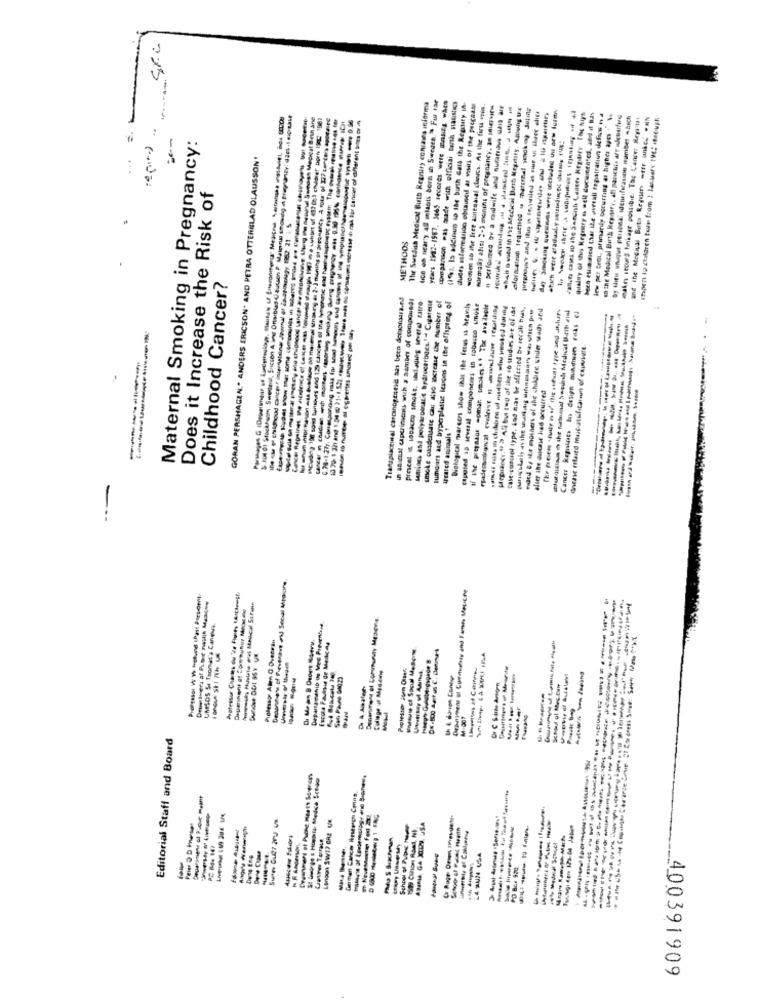
Ski
-
dice es nearly all selaats born in Sweden." Fur tar
The Sundish Medical Birth Regnsir, conmais informa
years 192-1987, Je65 Hecores were wasEs wc
duces saformation obtained ar visins of the process
some 16 ifor free airesa.al cieucs. As the first wpis.
normally altı 2-3 months of pregnancy, an sierwir
--------
---
MACuding 198 soil turtours and 1.29 cancers of the lymonan end hasalspoiDs ystem The sarah reiste sea før
pregnowww and thus Is founded as mur Is hace alies
quality of this Regnery as well documented, and if Bas
been esun nod thar ite overall fegatration defios na
lew per tent, primarily occurring at higher ages ""
an the Medical Birth Repdary, all panents are skunurferd
and the Medical Buta Repar =tfr inkcs -a
(tapez ip children tore from : January TVC: cheeuph
Maternal Smoking in Pregnancy:
...
GORAN PERSHAGEN." ANDERS ERICSON. AND PETRA OTTERBLAD OLAUSSON'
Does it Increase the Risk of
METHOOS
Childhood Cancer?
Transpiactinal carcanogreid azs been detsionsara.nd
in sinal perincis wuh a aemacs of compoundi
samloca asd polyaromatic hydrocarbons."- Cigarette
smoke cdadensate cas Alto saxtelse the number of
Tumoans atd byperplatte levons in the offspring of
Biologital rareers show inds the fetus is heavily
Etpoled ip several componcms in tobacco smoke
peguaner." > Ali but top of the so studies are of ist
case-cuscol type, and nias be affected by serali has.
alergialas i che nathanal Secund Medical Urit sin
-----------
Chene refaied muscatificanun of exposure.
after the duicase had occurred
ucared animals "
-wohn Husute ou Medical Scruin
---
Denaronone of Commundy Mrzone
CAESDS SI Tionut's Cangive
Deparamanip un Mes Preventone
Professor Alen O Ovesran
Unverstr of thedin
College ul Medone
Ih & danien Contw
Dr C.Samme Ammoen
Schod ol Meg Cute
Editorial Staff and Board
Druaromen al Pyove Meant
Germen Cancer Research Cons
Lencon SW17 CRE UK
1549 CHion Rand, NF
ABERIA, GA XIL. USA
------
-----
School of Public
400391909